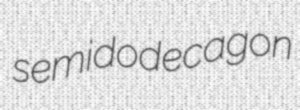
semidodecagon